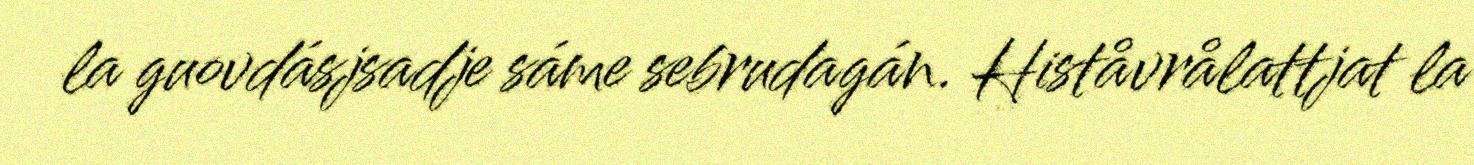
la guovdásjsadje sáme sebrudagán. Histåvrålattjat la